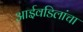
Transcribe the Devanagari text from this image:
आईवडिलांचा